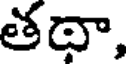
తథా,